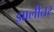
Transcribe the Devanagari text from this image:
झालीतर